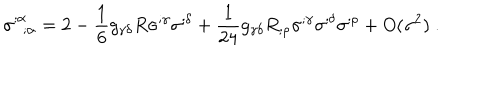
LaTeX: \sigma _ { ~ ~ ; \alpha } ^ { ; \alpha } = 2 - \frac { 1 } { 6 } g _ { \gamma \delta } R \sigma ^ { ; \gamma } \sigma ^ { ; \delta } + \frac { 1 } { 2 4 } g _ { \gamma \delta } R _ { ; \rho } \sigma ^ { ; \gamma } \sigma ^ { ; \delta } \sigma ^ { ; \rho } + O ( \sigma ^ { 2 } ) ~ .